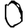
Digit: 0